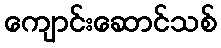
ကျောင်းဆောင်သစ်